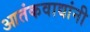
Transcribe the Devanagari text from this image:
आतंकवाद्यांनी